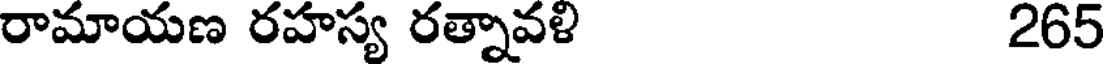
రామాయణ రహస్య రత్నావళి 265